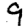
Digit: 9